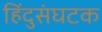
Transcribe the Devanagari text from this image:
हिंदुसंघटक